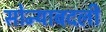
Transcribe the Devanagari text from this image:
सोन्याबदली